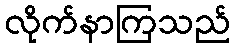
လိုက်နာကြသည်